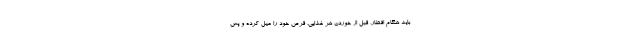
باید هنگام افطار، قبل از خوردن هر غذایی، قرص خود را میل کرده و پس